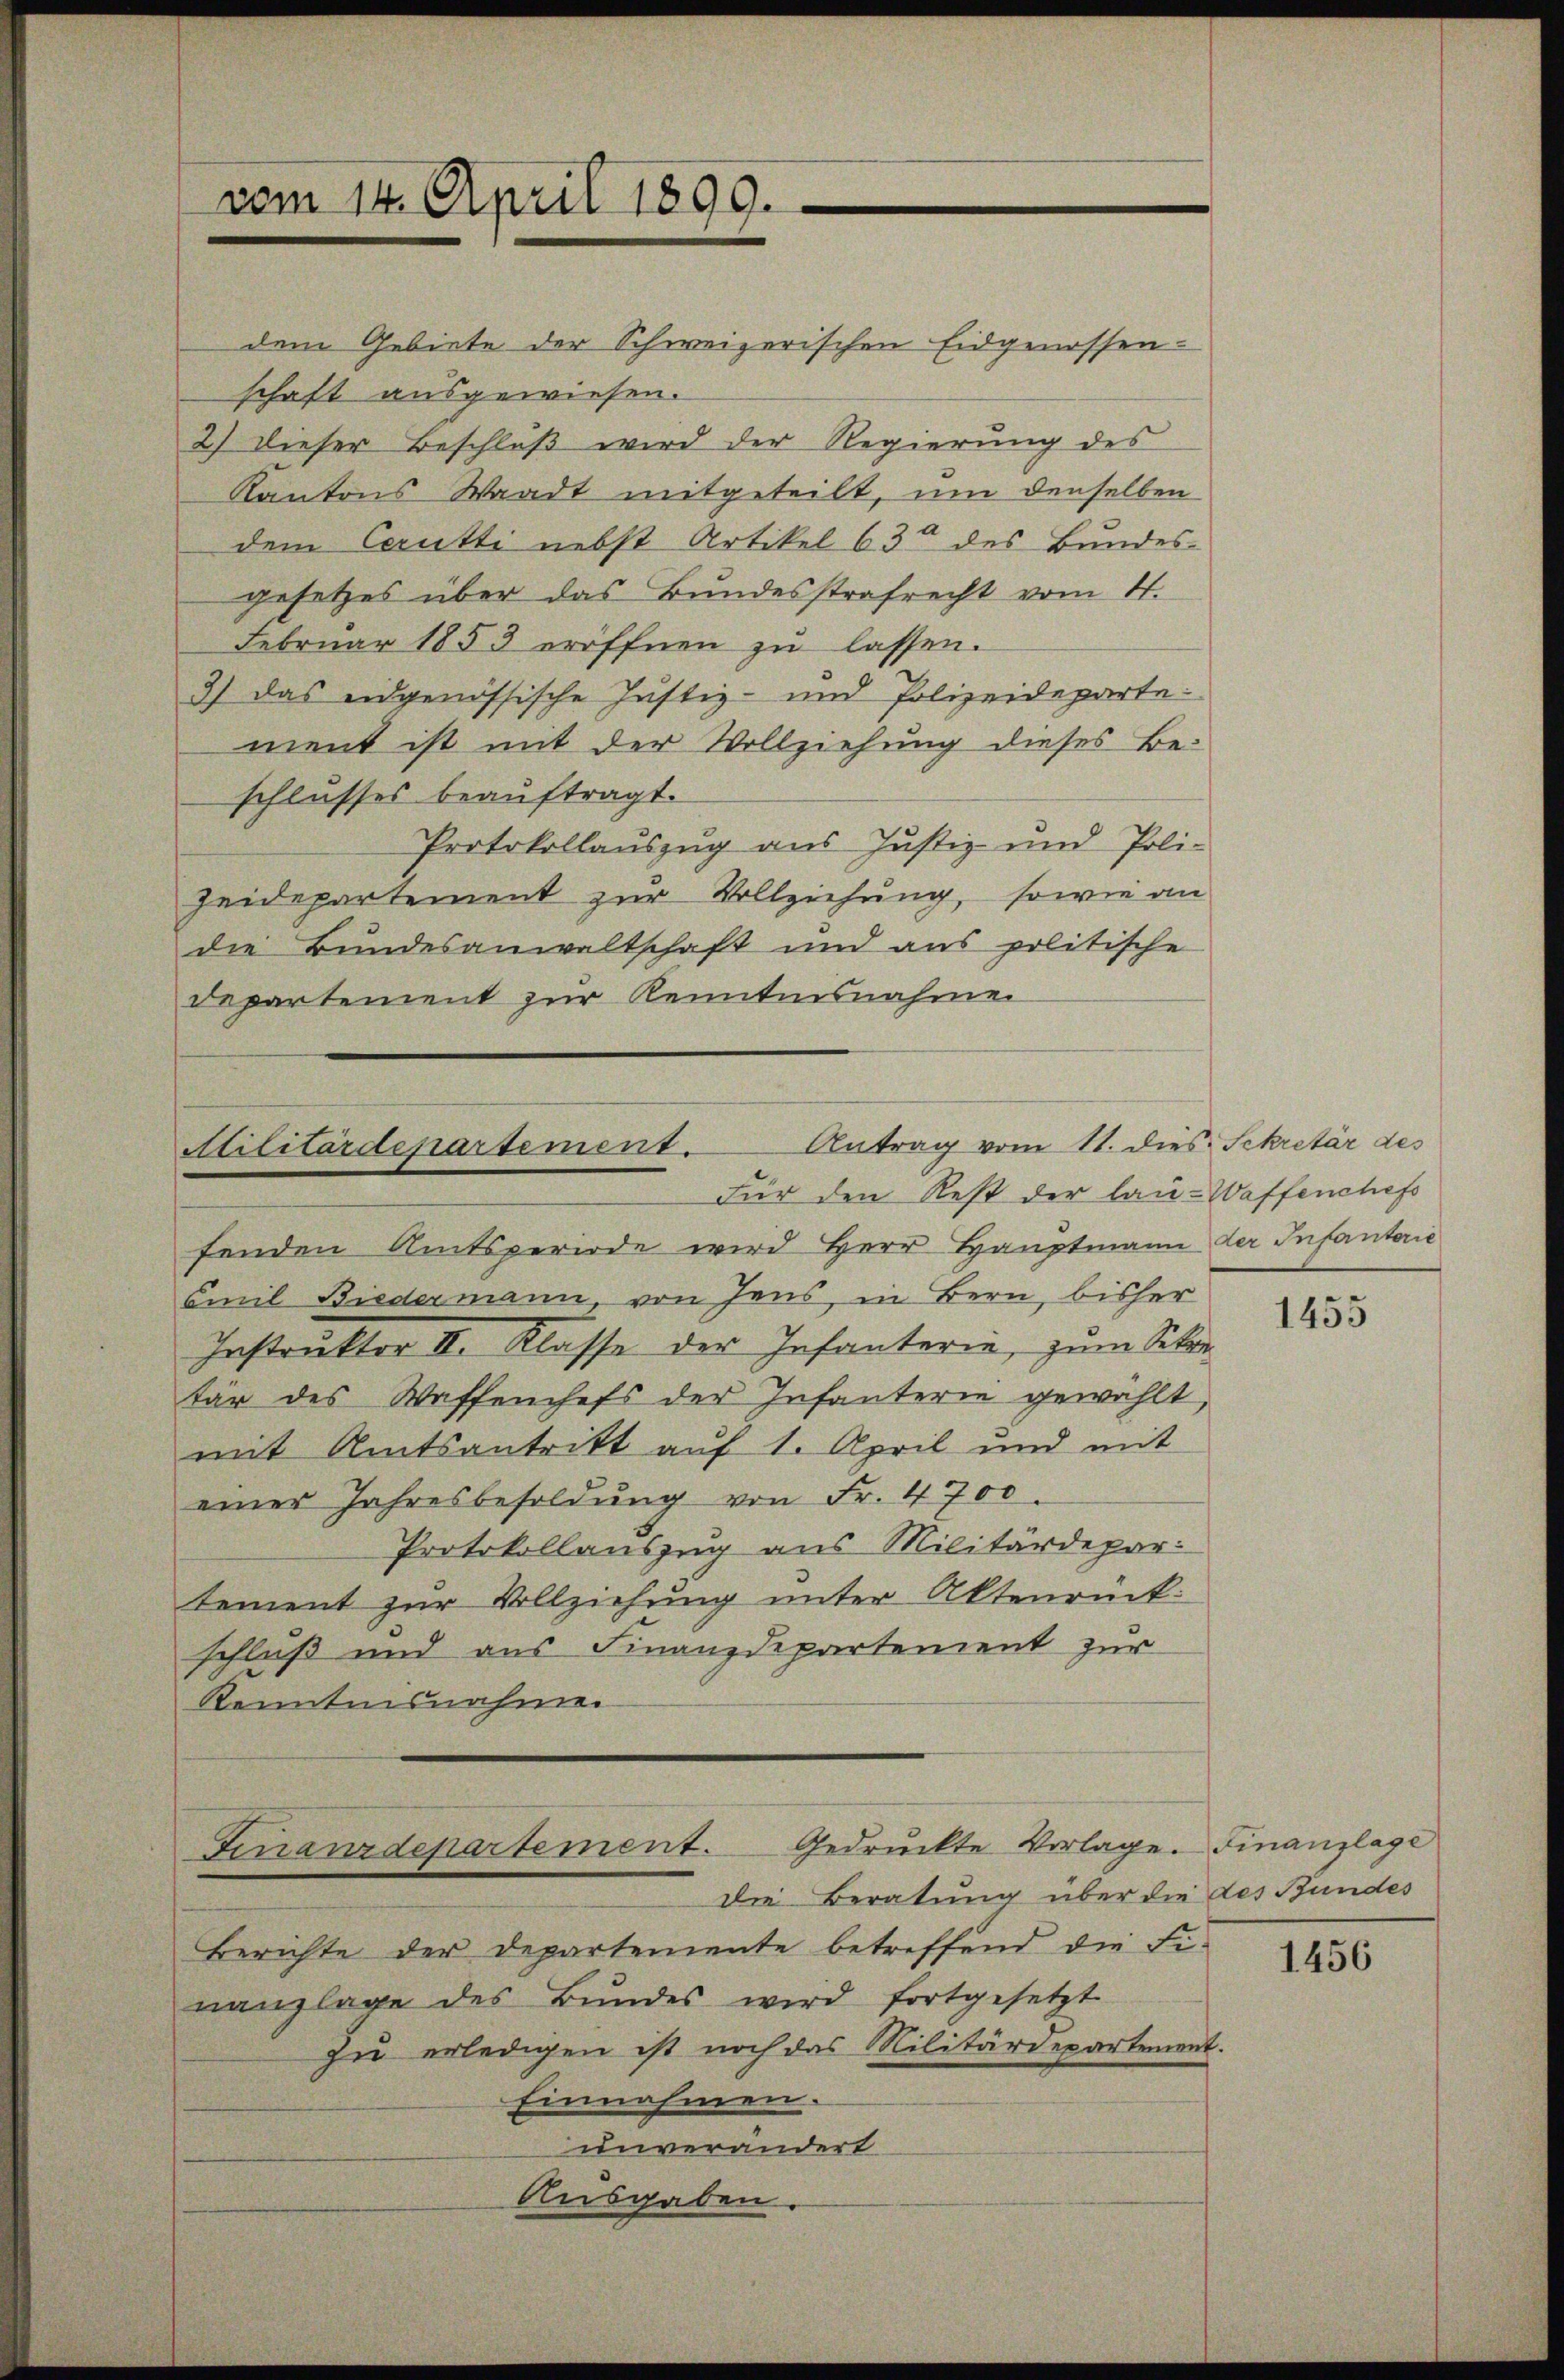
dem Gebiete der Schweizerischen Eidgenossen-
schaft ausgewiesen.
2) dieser Beschluß wird der Regierung des
Kantons Waadt mitgeteilt, um denselben
dem Coutti nebst Artikel 630 des Bundes-
gesetzes über das Bundesstrafrecht vom 4.
Februar 1853 eröffnen zŭ lassen.
3) das eidgenössische Justiz- und Polizeidepartement ist mit der Vollziehung dieses Be-
schlusses beauftragt.
Protokollauszug aus Justiz- und Poli-
Heidepartement zur Vollziehung, sowie an
die Bundesanwaltschaft und aus politische
departement zur Kenntnisnahme

vom 14. April 1899.

Antrag vom 11. dies Sekretär des
Atilitärdepartement.
Für den Rest der lau-Waffenchefs

Finanzdepartement. Gedruckte Vorlage. Finanzlage
Die Beratung über die des Bundes

fenden Amtsperiode wird Herr Hauptmann der Infanterie
Emil Biedermann, von Jens, in Bern, bisher
Instruktor II. Klasse der Infanterie, zum Stan
tär des Waffenhefs der Infanterie gewählt,
mit Amtsantritt auf 1. April und mit
einer Jahresbesoldung von Fr. 4700.
Protokollauszug aus Militärdepar
tement zur Vollziehung unter Aktenrück:
schluß und aus Finanzdepartement zur
Kenntnisnahme.

Berichte der Departemente betreffend die Fi-
nanzlage des Bundes wird fortgesetzt
zu erledigen ist noch das Militärdepartement.
Einnahmen.
unverändert
Ausgaben.

1455

1456